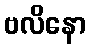
ဗလိနော